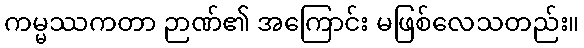
ကမ္မဿကတာ ဉာဏ်၏ အကြောင်း မဖြစ်လေသတည်း။